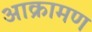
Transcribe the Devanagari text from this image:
आक्रामण